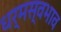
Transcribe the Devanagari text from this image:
धर्मस्वभाव